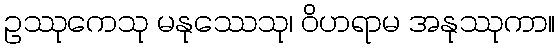
ဥဿုကေသု မနုဿေသု၊ ဝိဟရာမ အနုဿုကာ။